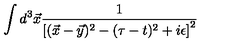
\int d ^ { 3 } \vec { x } { \frac { 1 } { \left[ ( \vec { x } - \vec { y } ) ^ { 2 } - ( \tau - t ) ^ { 2 } + i \epsilon \right] ^ { 2 } } }